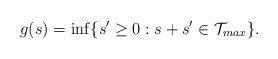
LaTeX: \begin{align*}g(s) = \inf\{s' \geq 0 : s + s' \in {\cal T}_{max}\}.\end{align*}